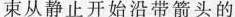
束从静止开始沿带箭头的